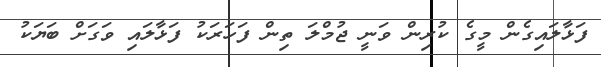
ފަޅާލައިގެން މީގެ ކުރިން ވަނީ ޖުމްލަ ތިން ފަހަރަކު ފަޅާލައި ވަގަށް ބަޔަކު